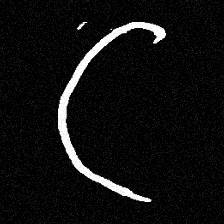
Pyu character \u2014 Myanmar letter: ဋ (romanized: tta)